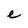
Character: e